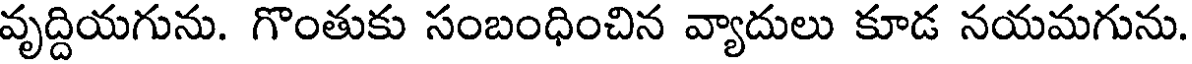
వృద్దియగును. గొంతుకు సంబంధించిన వ్యాదులు కూడ నయమగును.